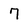
Character: 7